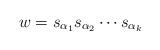
LaTeX: \begin{align*}w=s_{\alpha_1}s_{\alpha_2}\cdots s_{\alpha_k}\end{align*}